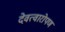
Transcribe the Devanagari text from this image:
देवत्वारोपण